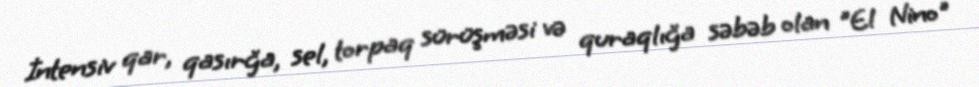
İntensiv qar, qasırğa, sel, torpaq sürüşməsi və quraqlığa səbəb olan "El Nino"